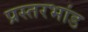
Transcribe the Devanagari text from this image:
प्रस्तरभांड